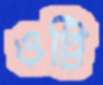
ওট্টি